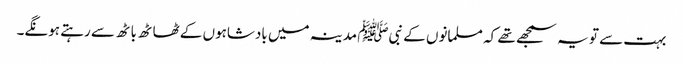
بہت سے تو یہ سمجھے تھے کہ مسلمانوں کے نبیﷺ مدینہ میں بادشاہوں کے ٹھاٹھ باٹھ سے رہتے ہونگے۔